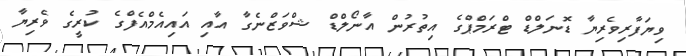
ވިޔަފާރިވެރިޔާ ޑޮނަލްޑް ޓްރަމްޕްގެ އިތުރުން އާނޯލްޑް ޝްވަޒްނެގާ އާއި އައިއެމްއެފްގެ ކުރީގެ ވެރިޔާ